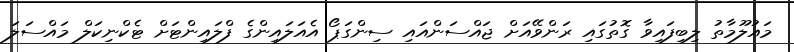
މައުލޫމާތު ލިބިފައިވާ ގޮތުގައި ރަންވޭއަށް ޖައްސަންއައި ސިންގަޕޯ އެއަލައިންގެ ފްލައިންޓަށް ޓެކްނިކަލް މައްސަލަ